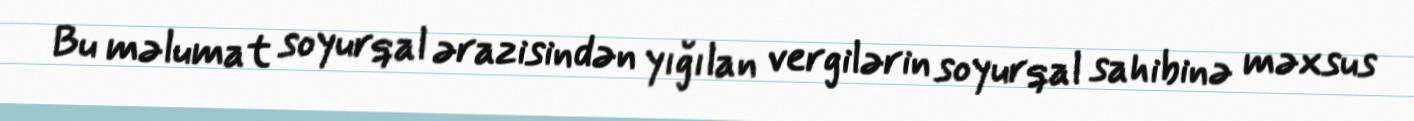
Bu məlumat soyurqal ərazisindən yığılan vergilərin soyurqal sahibinə məxsus